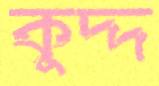
কুদ্দ